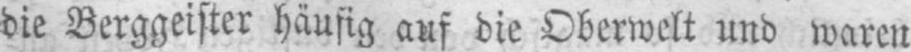
die Berggeister häufig auf die Oberwelt und waren